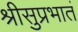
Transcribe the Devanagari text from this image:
श्रीसुप्रभातं